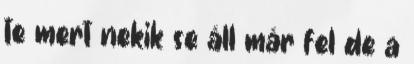
te mert nekik se áll már fel de a